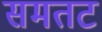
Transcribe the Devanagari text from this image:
समतट